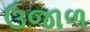
ઉજાળ